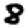
Digit: 8